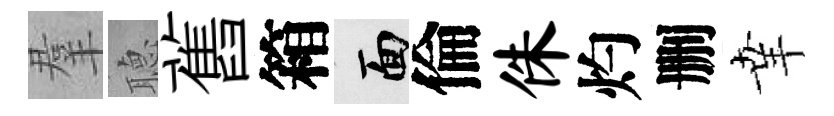
羣𦗟舊箱面倫侏灼删𦍒